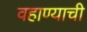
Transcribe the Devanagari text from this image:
वहाण्याची